Lunatic asylums Central Provinces reports 1895-1909 - 1895-1909
Year: 1895
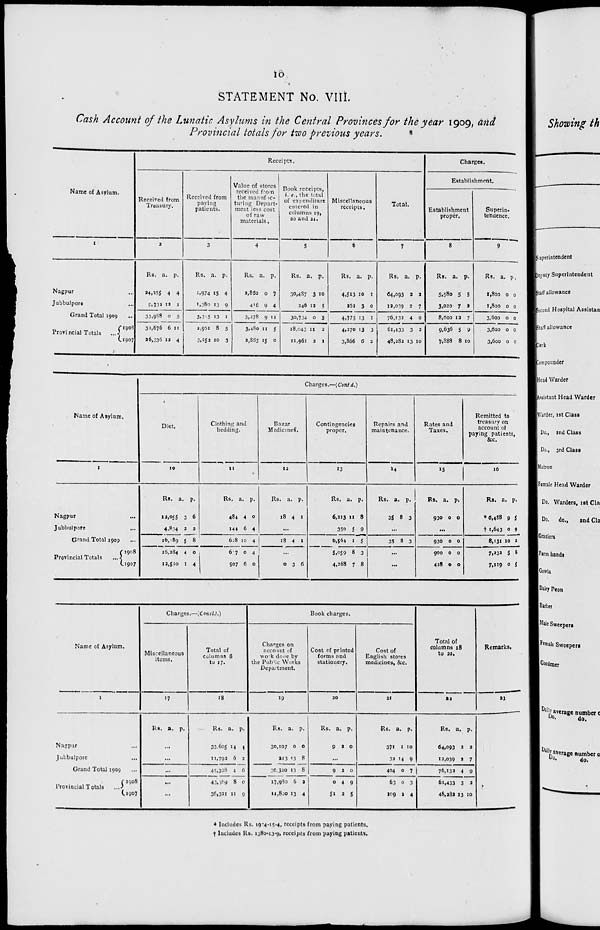
10
STATEMENT No. VIII.
Cash Account of the Lunatic Asylums in the Central Provinces for the year 1909, and
Provincial totals for two previous years.
Name of Asylum.
1
Nagpur ...
Jubbulpore ...
Grand Total 1909 ...
Provincial Totals ...
1908
1907
Receipts.
Received from
Treasury.
2
Rs.
24,255
9,732
33,988
32,676
36,336
a.
4
12
0
6
12
p.
4
1
5
11
4
Received from
paying
patients.
3
Rs.
1,974
1,380
3,3 5
3,951
3,252
a.
15
13
13
8
10
p.
4
9
1
5
3
Value of stores
received from
the manufac-
turing Depart-
ment less cost
of raw
materials.
4
Rs.
2,862
416
3,278
3,480
2,865
a.
0
9
9
11
15
p.
7
4
11
5
0
Book receipts,
i. e., the total
of expenditure
entered in
columns 19,
20 and 21.
5
Rs.
30,487
246
30,734
18,043
11,961
a.
3
12
0
11
2
p.
10
5
3
2
1
Miscellaneous
receipts.
6
Rs.
4,513
262
4,775
4,270
3,866
a.
10
3
13
13
6
p.
1
0
1
3
2
Total.
7
Rs.
64,093
12,039
76,132
61,433
48,282
a.
2
2
4
3
13
p.
2
7
9
2
10
Charges.
Establishment.
Establishment
proper.
8
Rs.
5,580
3,020
8,600
9,636
7,888
a.
5
7
12
5
8
p.
5
2
7
9
10
Superin-
tendence.
9
Rs.
1,800
1,800
3,600
3,600
3,600
a.
0
0
0
0
0
p.
0
0
0
0
0
Name of Asylum.
1
Nagpur ...
Jubbulpore ...
Grand Total 1909
...
Provincial Totals ...
1908
1907
Charges.—(Contd.)
Diet.
10
Rs.
12,055
4,834
16, 89
16,284
12,510
a.
3
2
5
4
1
p.
6
2
8
0
4
Clothing and
bedding.
11
Rs.
484
144
628
677
507
a.
4
6
10
0
6
p.
0
4
4
4
0
Bazar
Medicines.
12
Rs.
18
a.
4
p.
1
...
18
4 1
...
0
3 6
Contingencies
proper.
13
Rs.
6,213
350
6,564
5,059
4,268
a.
11
5
1
8
7
p.
8
9
5
3
8
Repairs and
maintenance.
14
Rs.
35
a.
8
p.
3
...
35 8 3
...
...
Rates and
Taxes.
15
Rs.
930
a.
0
p.
0
...
930
900
428
0
0
0
0
0
0
Remitted to
treasury on
account of
paying patients,
&c.
16
Rs.
*6,488
† 1,643
8,131
7,232
7,119
a.
9
0
10
5
0
p.
5
9
2
8
5
Name of Asylum.
1
Nagpur ...
Jubbulpore ...
Grand Total 1909 ...
Provincial Totals ...
1908
1907
Charges.—(Concld.)
Miscellaneous
items.
17
Rs. a. p.
...
...
...
...
...
Total of
columns 8
to 17.
18
Rs.
33.605
11,792
45,398
43,389
36,321
a.
14
6
4
8
11
p.
4
2
6
0
9
Book charges.
Charges on
account of
work done by
the Public Works
Department.
19
Rs.
30,107
213
30,320
17,980
11,800
a.
0
13
13
6
13
p.
0
8
8
2
4
Cost of printed
forms and
stationery.
20
Rs.
9
a.
2
p.
0
...
9
0
51
2
4
2
0
9
5
Cost of
English stores
medicines, &c.
21
Rs.
371
32
404
63
109
a.
1
14
0
0
2
p.
10
9
7
3
4
Total of
columns 18
to 21.
22
Rs.
64,093
12,039
76,132
61,433
48,283
a.
2
2
4
3
13
p.
2
7
9
2
10
Remarks.
23
† Includes Rs. 19-4-15-4, receipts from paying patients.
† Includes Rs. 1380-13-9, receipts from paying patients.